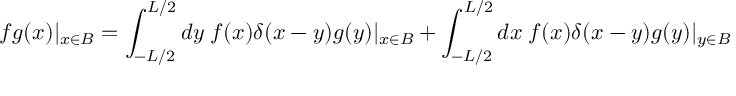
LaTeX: f g ( x ) | _ { x \in B } = \int _ { - L / 2 } ^ { L / 2 } d y \; f ( x ) \delta ( x - y ) g ( y ) | _ { x \in B } + \int _ { - L / 2 } ^ { L / 2 } d x \; f ( x ) \delta ( x - y ) g ( y ) | _ { y \in B }